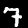
Label: 7